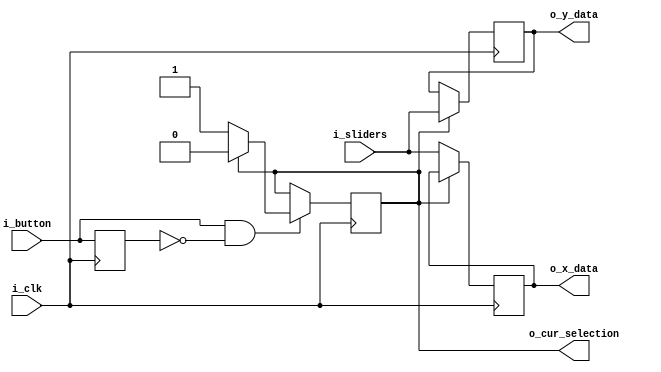
module input_controller
	(
		input i_clk,
		input i_button,
		input [3:0] i_sliders,
		
		output reg [3:0] o_x_data = 4'b0000,
		output reg [3:0] o_y_data = 4'b0000,
		output reg o_cur_selection
	);
	
	// Button register for detecting clock synced edges
	reg r_button_delayed = 1'b0;
	
	// Button delay block
	always @(posedge i_clk) begin
		r_button_delayed <= i_button;
	end
	
	// Slider block
	always @(posedge i_clk) begin
		if (~o_cur_selection) begin
			o_x_data <= i_sliders;
		end
		else begin
			o_y_data <= i_sliders;
		end
	end
	
	// input_button block
	always @(posedge i_clk) begin
		// detect rising edge on input_button
		if (i_button && ~r_button_delayed) begin
			if (~o_cur_selection) begin
				o_cur_selection <= 1'b1;
			end
			else begin
				o_cur_selection <= 1'b0;
			end
		end
	end
	
endmodule